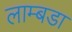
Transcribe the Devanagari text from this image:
लाम्बडा